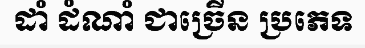
ដាំ ដំណាំ ជាច្រើន ប្រភេទ